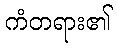
ကံတရား၏